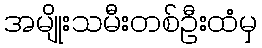
အမျိုးသမီးတစ်ဦးထံမှ